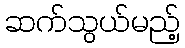
ဆက်သွယ်မည့်